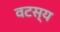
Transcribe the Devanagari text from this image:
वटस्य